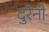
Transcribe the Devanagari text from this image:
दुर्रैनी